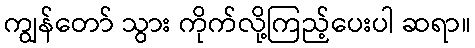
ကျွန်တော် သွား ကိုက်လို့ကြည့်ပေးပါ ဆရာ။